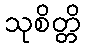
သုစိတ္တိ